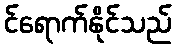
င်ရောက်နိုင်သည်